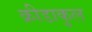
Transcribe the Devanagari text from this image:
क्रीडाकुल